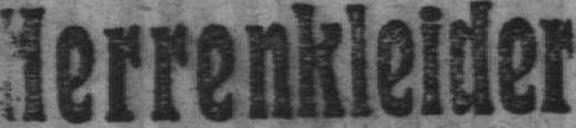
Herrenkleider